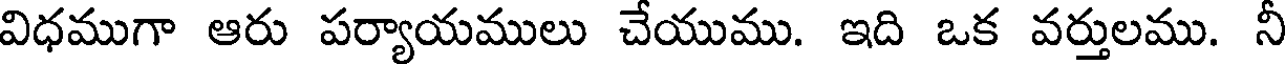
విధముగా ఆరు పర్యాయములు చేయుము. ఇది ఒక వర్తులము. నీ